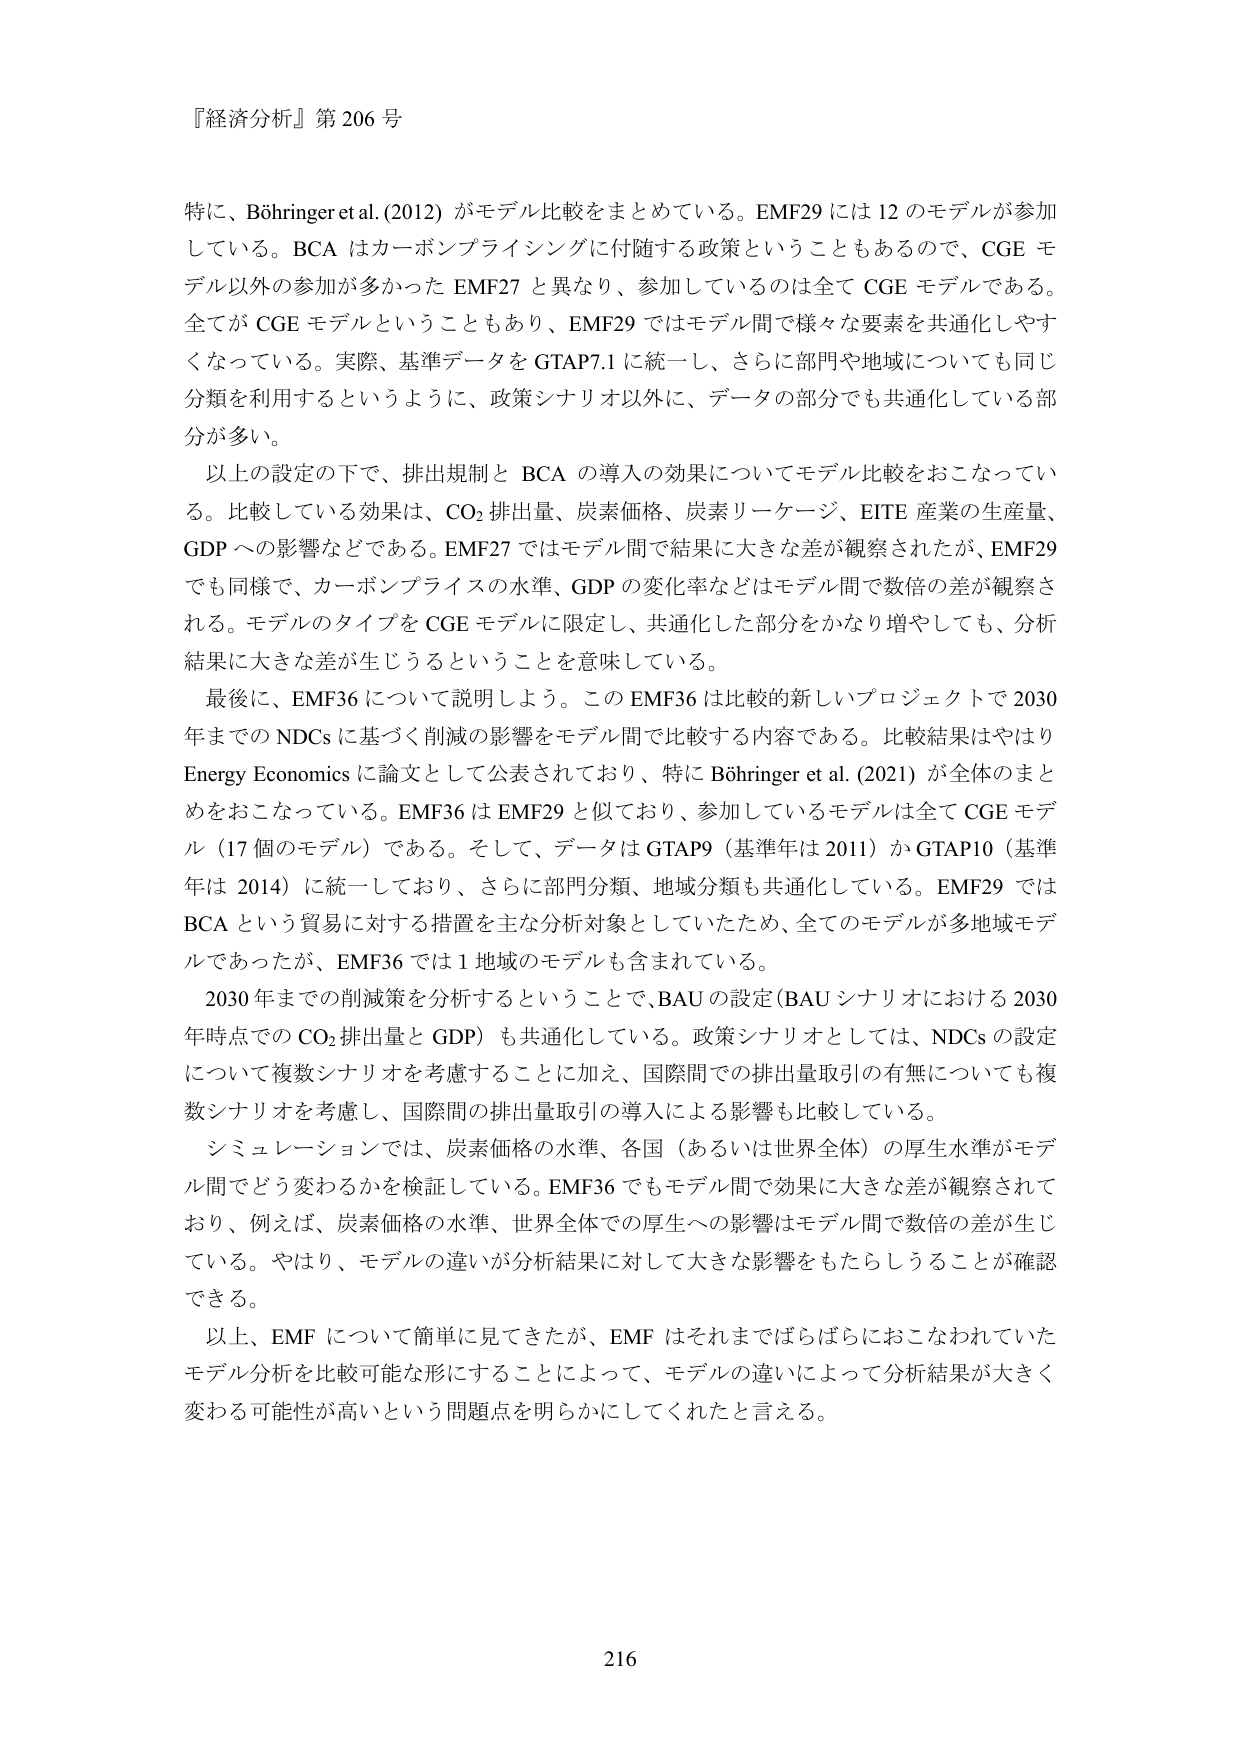
『経済分析』第 206 号

特に、Böhringer et al. (2012) がモデル比較をまとめている。EMF29 には 12 のモデルが参加している。BCA はカーボンプライシングに付随する政策ということもあるので、CGE モデル以外の参加が多かった EMF27 と異なり、参加しているのは全て CGE モデルである。全てが CGE モデルということもあり、EMF29 ではモデル間で様々な要素を共通化しやすくなっている。実際、基準データを GTAP7.1 に統一し、さらに部門や地域についても同じ分類を利用するというように、政策シナリオ以外に、データの部分でも共通化している部分が多い。

以上の設定の下で、排出規制と BCA の導入の効果についてモデル比較をおこなっている。比較している効果は、CO₂ 排出量、炭素価格、炭素リーケージ、EITE 産業の生産量、GDP への影響などである。EMF27 ではモデル間で結果に大きな差が観察されたが、EMF29 でも同様で、カーボンプライスの水準、GDP の変化率などはモデル間で数倍の差が観察される。モデルのタイプを CGE モデルに限定し、共通化した部分をかなり増やしても、分析結果に大きな差が生じうることを意味している。

最後に、EMF36 について説明しよう。この EMF36 は比較的新しいプロジェクトで 2030 年までの NDCs に基づく削減の影響をモデル間で比較する内容である。比較結果はやはり Energy Economics に論文として公表されており、特に Böhringer et al. (2021) が全体のまとめをおこなっている。EMF36 は EMF29 と似ており、参加しているモデルは全て CGE モデル（17 個のモデル）である。そして、データは GTAP9（基準年は 2011）か GTAP10（基準年は 2014）に統一しており、さらに部門分類、地域分類も共通化している。EMF29 では BCA という貿易に対する措置を主な分析対象としていたため、全てのモデルが多地域モデルであったが、EMF36 では 1 地域のモデルも含まれている。

2030 年までの削減策を分析するということで、BAU の設定（BAU シナリオにおける 2030 年時点での CO₂ 排出量と GDP）も共通化している。政策シナリオとしては、NDCs の設定について複数シナリオを考慮することに加え、国際間での排出量取引の有無についても複数シナリオを考慮し、国際間の排出量取引の導入による影響も比較している。

シミュレーションでは、炭素価格の水準、各国（あるいは世界全体）の厚生水準がモデル間でどう変わるかを検証している。EMF36 でもモデル間で効果に大きな差が観察されており、例えば、炭素価格の水準、世界全体での厚生への影響はモデル間で数倍の差が生じている。やはり、モデルの違いが分析結果に対して大きな影響をもたらしうることが確認できる。

以上、EMF について簡単に見てきたが、EMF はそれまでばらばらにおこなわれていたモデル分析を比較可能な形にすることによって、モデルの違いによって分析結果が大きく変わる可能性が高いという問題点を明らかにしてくれたと言える。

216